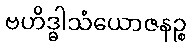
ဗဟိဒ္ဓါသံယောဇနဉ္စ